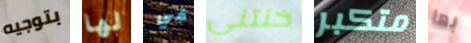
بتوجيه لها قي خنتني متكبر بها